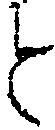
と